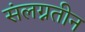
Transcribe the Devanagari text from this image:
संलग्नतीन